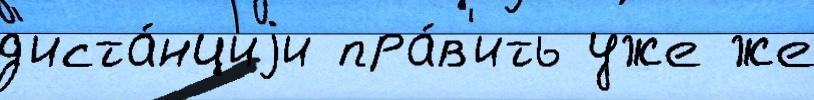
д'иста́нциjи пра́в'ить уже же